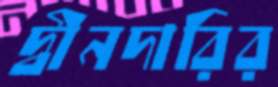
দ্বীনদারির